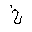
Letter: _kha